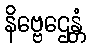
နိဗ္ဗေဌေန္တံ